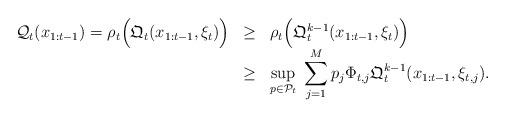
LaTeX: \begin{align*}\begin{array}{lll}\mathcal{Q}_{t}(x_{1:t-1})=\rho_t\Big( \mathfrak{Q}_{t}(x_{1:t-1}, \xi_t) \Big) & \geq & \rho_t \Big( \mathfrak{Q}_{t}^{k-1}(x_{1:t-1}, \xi_t) \Big)\\& \geq & \displaystyle \sup_{p \in \mathcal{P}_t} \;\displaystyle \sum_{j=1}^{M} p_j \Phi_{t, j} \mathfrak{Q}_{t}^{k-1}(x_{1:t-1}, \xi_{t, j}).\end{array}\end{align*}